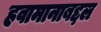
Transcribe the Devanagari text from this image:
हवामानाबद्दल